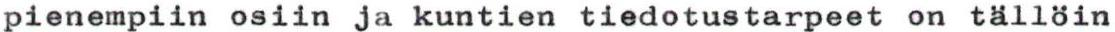
pienempiin osiin ja kuntien tiedotustarpeet on tällöin